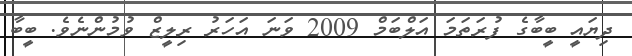
ދިޔައީ ބީބާގެ ފުރަތަމަ އަލްބަމް 2009 ވަނަ އަހަރު ރިލީޒް ވުމުންނެވެ. ބީބާ